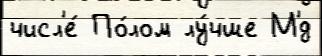
числ'е́ По́лом лу́чше М'́д